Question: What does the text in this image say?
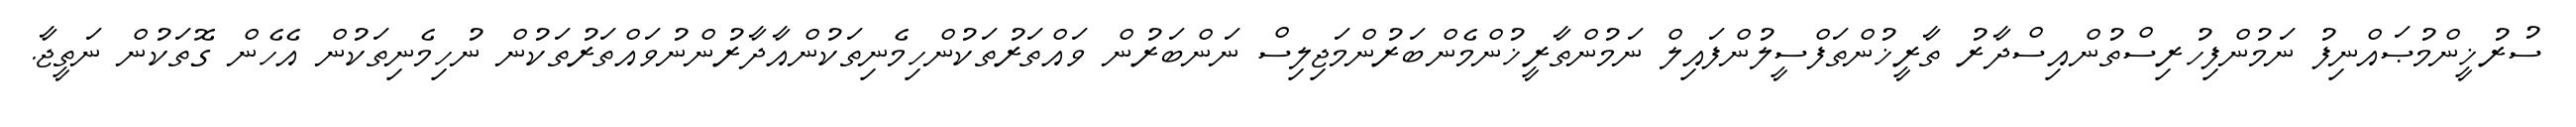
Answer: ސުރުޚީންމުޞައްނިފު ނަމުންފިހުރިސްތުންއިސްދާރު ތާރީޚުންތަފްސީލުންފައިލް ނަމުންތާރީޚުންމެންބަރުންމަޖިލިސް ނަންބަރުން ވައްތަރުތަކުންހިމެނިތަކުންއާދާރުންނުވައްތަރުތަކުން ނުހިމެނިތަކުން އެހެން ގޮތަކުން ނަތީޖާ.